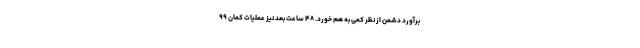
برآورد دشمن از نظر کمی به هم خورد. ۴۸ ساعت بعد نیز عملیات کمان ۹۹